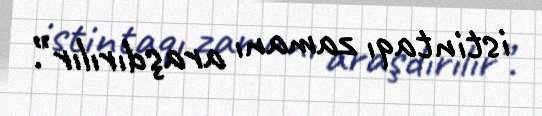
istintaqı zamanı araşdırılır”.